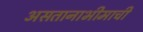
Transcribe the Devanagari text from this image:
असतानाभीमाची